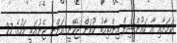
ކަމަށާއި އާ ކައުންސިލް އިންތިހާބު ކުރަން ޖެހޭނީ އަންނަ ޖެނުއަރީ މަހުގެ 27